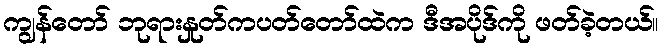
ကျွန်တော် ဘုရားနှုတ်ကပတ်တော်ထဲက ဒီအပိုဒ်ကို ဖတ်ခဲ့တယ်။